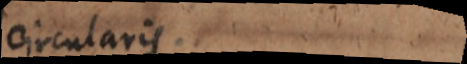
circularis.